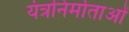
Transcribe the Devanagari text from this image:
यंत्रनिर्माताओं